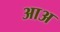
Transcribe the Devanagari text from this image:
आअ